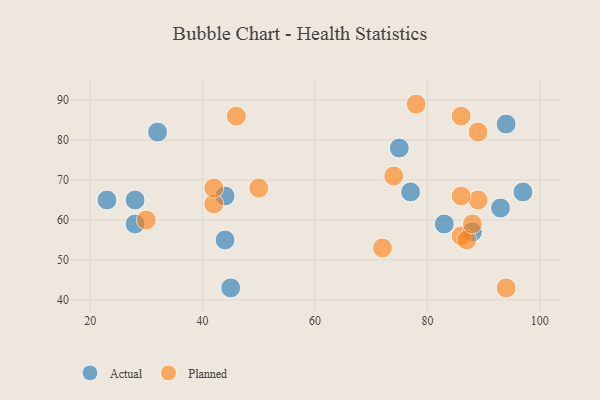
{"axis": {"x": "GDP", "y": "Life Expectancy"}, "legend": ["Actual", "Planned"], "data": [{"x": "28", "y": 59, "type": "Actual"}, {"x": "23", "y": 65, "type": "Actual"}, {"x": "44", "y": 66, "type": "Actual"}, {"x": "28", "y": 65, "type": "Actual"}, {"x": "75", "y": 78, "type": "Actual"}, {"x": "94", "y": 84, "type": "Actual"}, {"x": "44", "y": 55, "type": "Actual"}, {"x": "77", "y": 67, "type": "Actual"}, {"x": "93", "y": 63, "type": "Actual"}, {"x": "97", "y": 67, "type": "Actual"}, {"x": "45", "y": 43, "type": "Actual"}, {"x": "88", "y": 57, "type": "Actual"}, {"x": "83", "y": 59, "type": "Actual"}, {"x": "32", "y": 82, "type": "Actual"}, {"x": "42", "y": 64, "type": "Planned"}, {"x": "86", "y": 56, "type": "Planned"}, {"x": "46", "y": 86, "type": "Planned"}, {"x": "94", "y": 43, "type": "Planned"}, {"x": "78", "y": 89, "type": "Planned"}, {"x": "89", "y": 82, "type": "Planned"}, {"x": "86", "y": 86, "type": "Planned"}, {"x": "42", "y": 68, "type": "Planned"}, {"x": "87", "y": 55, "type": "Planned"}, {"x": "30", "y": 60, "type": "Planned"}, {"x": "89", "y": 65, "type": "Planned"}, {"x": "50", "y": 68, "type": "Planned"}, {"x": "86", "y": 66, "type": "Planned"}, {"x": "74", "y": 71, "type": "Planned"}, {"x": "72", "y": 53, "type": "Planned"}, {"x": "88", "y": 59, "type": "Planned"}]}